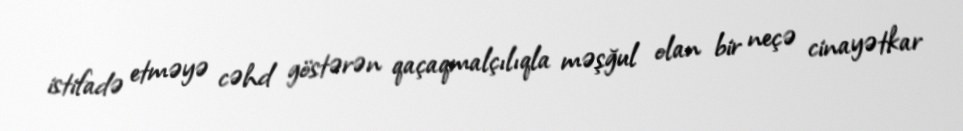
istifadə etməyə cəhd göstərən qaçaqmalçılıqla məşğul olan bir neçə cinayətkar